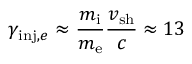
\gamma _ { \mathrm { i n j } , e } \approx \displaystyle \frac { m _ { \mathrm { i } } } { m _ { \mathrm { e } } } \frac { v _ { \mathrm { s h } } } { c } \approx 1 3